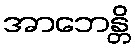
အာဘေန္တိ